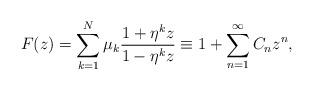
LaTeX: \begin{align*} F(z) = \sum_{k=1}^{N} \mu_k \frac{1+\eta^k z}{1-\eta^k z} \equiv 1+\sum_{n=1}^{\infty}C_n z^n,\end{align*}